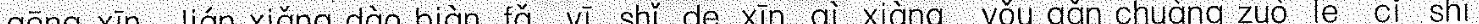
gēng xīn lián xiǎng dào biàn fǎ yí shǐ de xīn qì xiàng yǒu gǎn chuàng zuò le cǐ shī